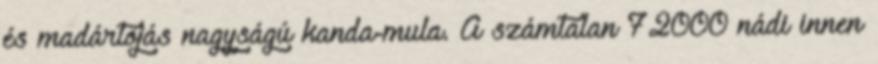
és madártojás nagyságú kanda-mula. A számtalan 72000 nádi innen